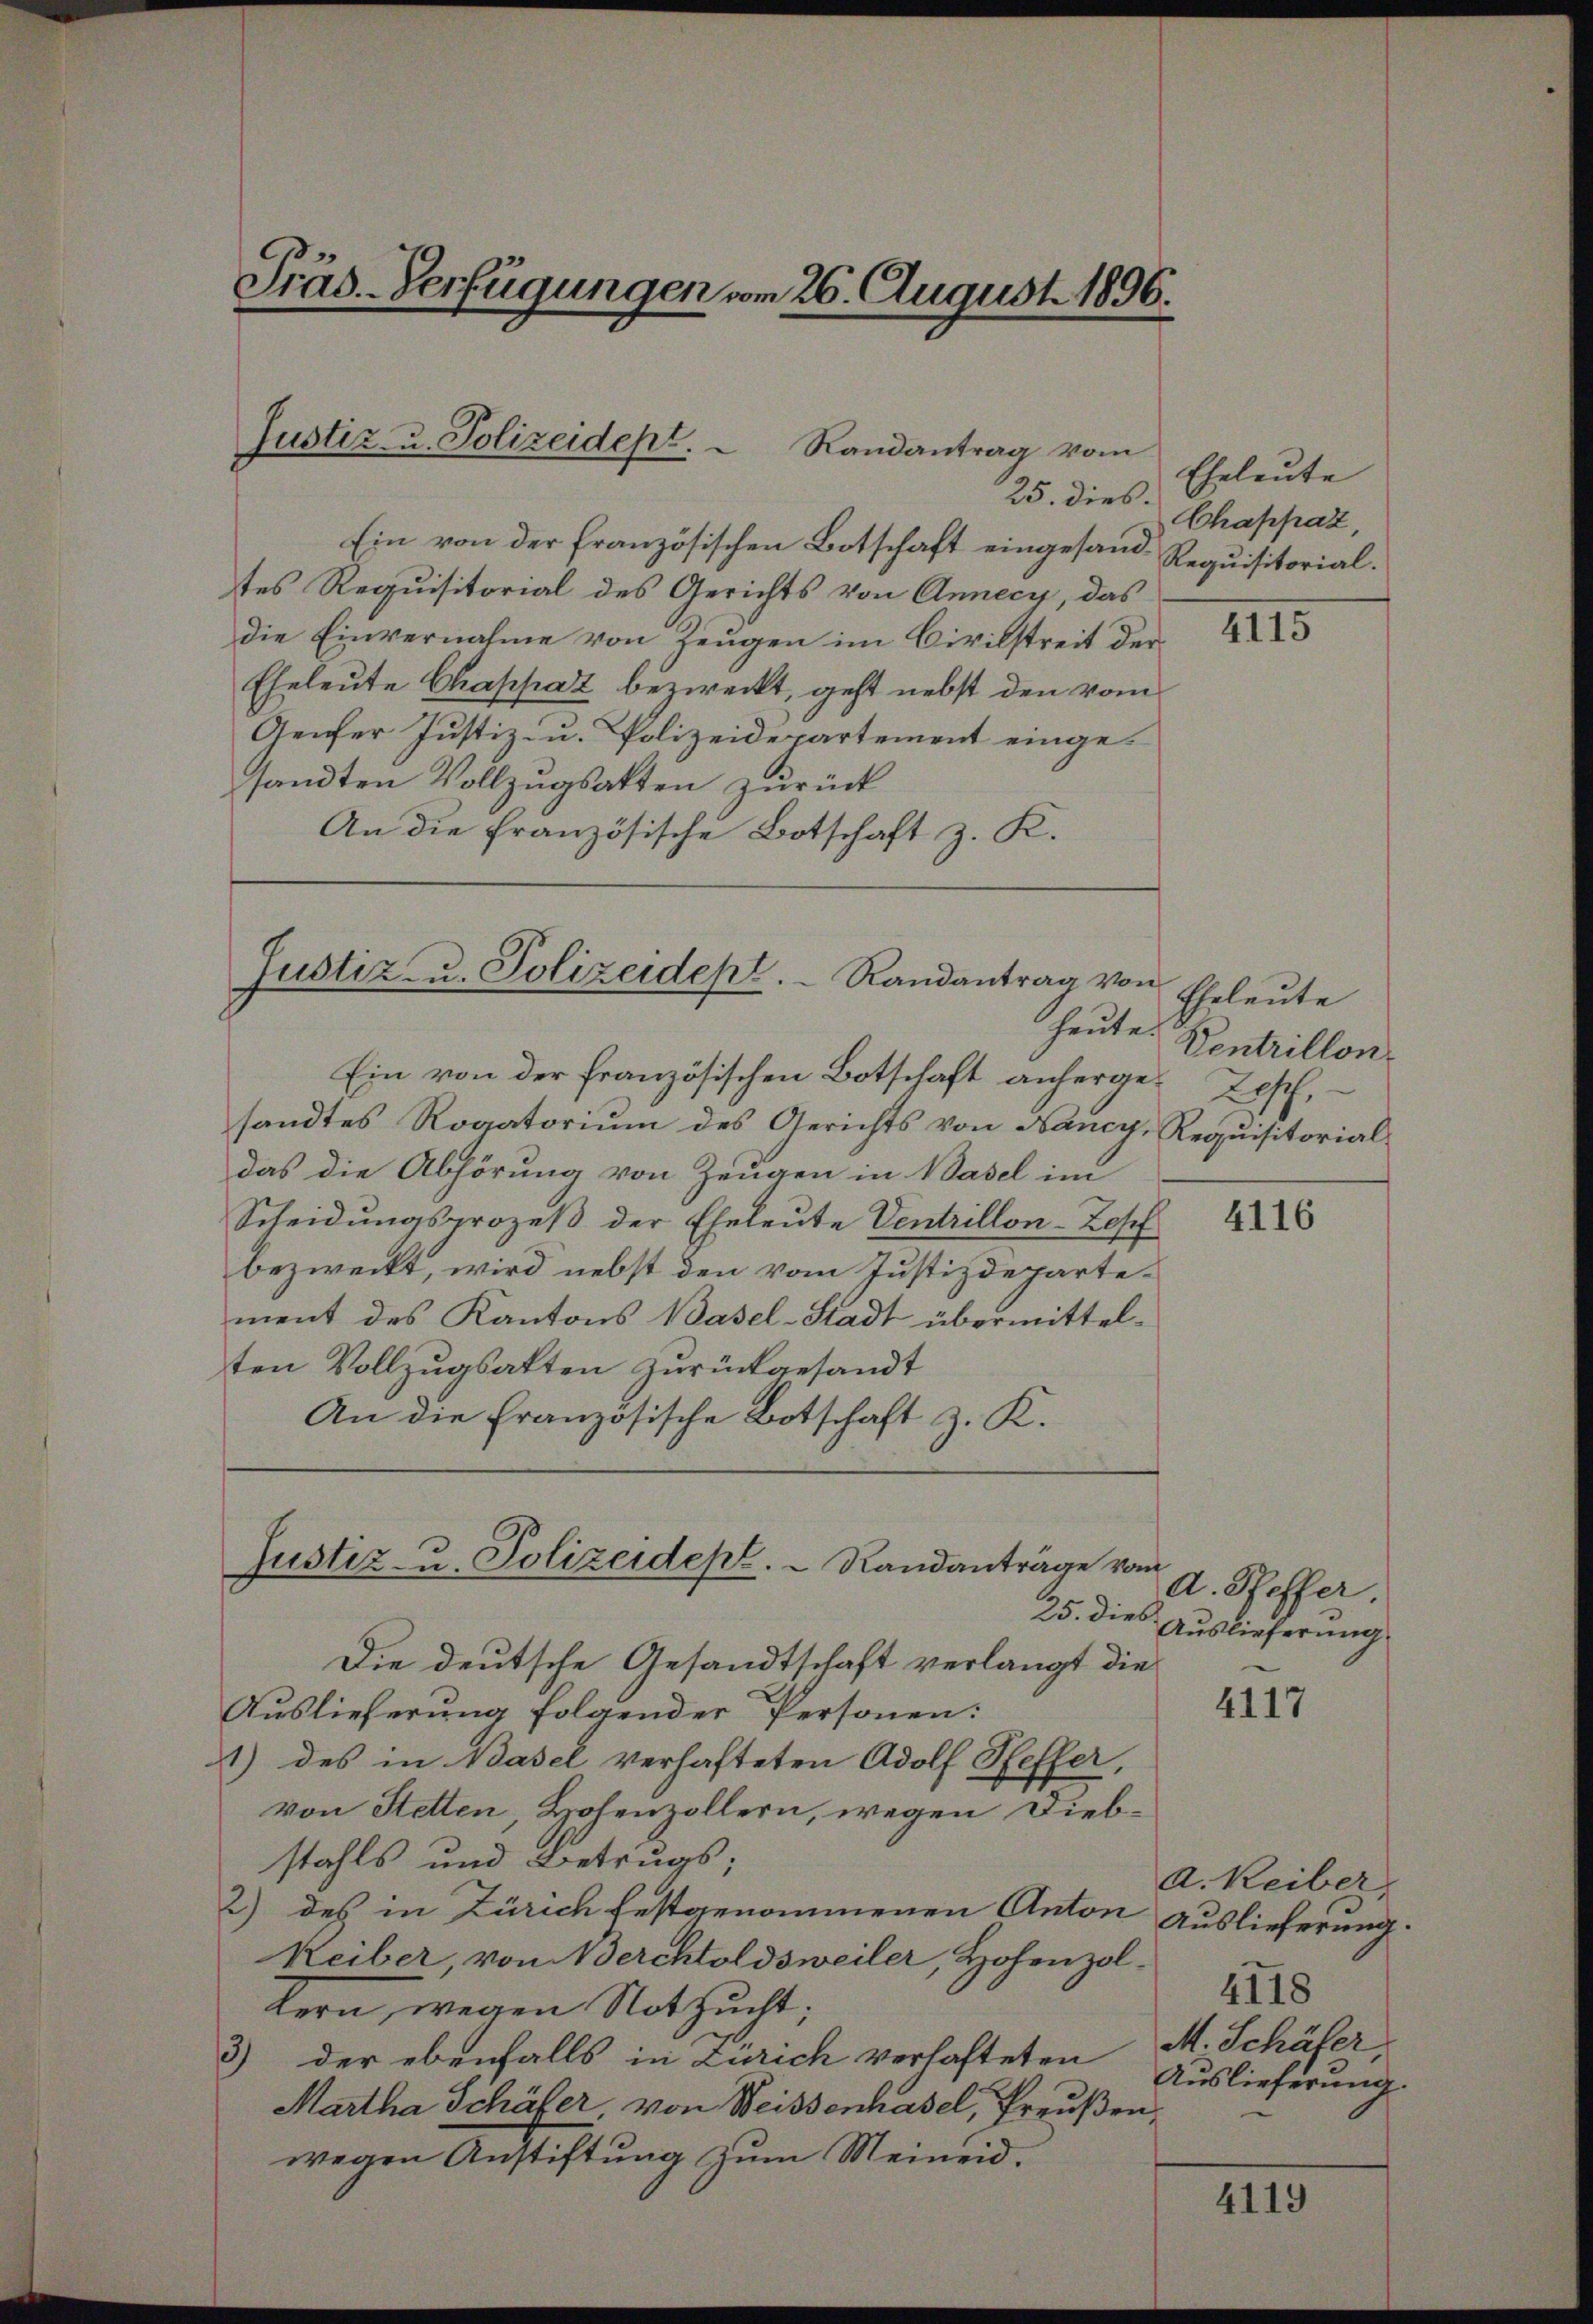
Präs. Verfügungen vom 26. August 1896.

Justiz- u. Polizeidept.  Randantrag vom

25. dies.
Ein von der französischen Botschaft eingesandtes Requisitorial des Gerichts von Annecy, das
die Einvernahme von Zeugen im Civilstreit der
Eheleute Chappaz bezweckt, geht nebst den vom
Genfer Justiz- u. Polizeidepartement eingesandten Vollzugsakten zurück
An die französische Botschaft z. K.
Justiz- u. Polizeidept. Randantrag von
Ein von der französischen Botschaft anherge- Tisch,
sandtes Rogatorium des Gerichts von Nancy, Requisitorial
das die Abhörung von Zeugen in Basel im
Scheidungsprozeß der Eheleute Ventrillon-Zopf
bezweckt, wird nebst den vom Justizdepartement des Kantons Basel-Stadt übermittelten Vollzugsakten zurückgesandt
An die Französische Botschaft z. K.

Justiz- u. Polizeidepl.  Randanträge vom

25. Dieb.
Die deutsche Gesandtschaft verlangt die
Auslieferung folgender Personen:
1) des in Basel verhafteten Adolf Steffer,
von Stetten, Hohenzollern, wegen Diebstahls und Betrugs;
2) des in Zürich festgenommenen Anton
Reiber, von Werchtoldsweiler, Hohenzoltern, wegen Notzucht;
3) der ebenfalls in Zürich verhafteten
Martha Schäfer von Weissenhasel, Preußen,
wegen Anstiftung zum Meineid.

Eheleute
Chappaz,
Requisitorial.

4115

Eheleute
heute. Ventrillon

4116

d. Pfeffer.
Auslieferung

4117

a. Reiber,
Auslieferung.
4118
M. Schäfer,
Auslieferung.

4119